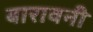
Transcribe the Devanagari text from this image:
बारावनी